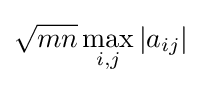
{\sqrt {mn}}\max _{i,j}\vert a_{ij}\vert